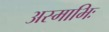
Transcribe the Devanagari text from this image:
अस्माभिः